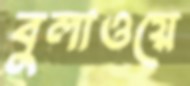
বুলাওয়ে